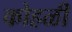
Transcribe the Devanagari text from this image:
कोहळी